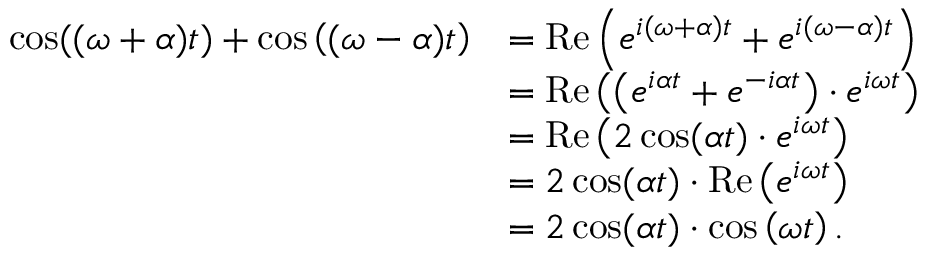
{ \begin{array} { r l } { \cos ( ( \omega + \alpha ) t ) + \cos \left( ( \omega - \alpha ) t \right) } & { = \operatorname { R e } \left( e ^ { i ( \omega + \alpha ) t } + e ^ { i ( \omega - \alpha ) t } \right) } \\ & { = \operatorname { R e } \left( \left( e ^ { i \alpha t } + e ^ { - i \alpha t } \right) \cdot e ^ { i \omega t } \right) } \\ & { = \operatorname { R e } \left( 2 \cos ( \alpha t ) \cdot e ^ { i \omega t } \right) } \\ & { = 2 \cos ( \alpha t ) \cdot \operatorname { R e } \left( e ^ { i \omega t } \right) } \\ & { = 2 \cos ( \alpha t ) \cdot \cos \left( \omega t \right) . } \end{array} }